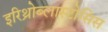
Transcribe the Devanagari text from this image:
इरिथ्रोब्लास्टोसिस